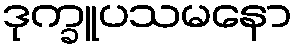
ဒုက္ခူပသမနော